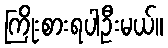
ကြိုးစားရပါဦးမယ်။